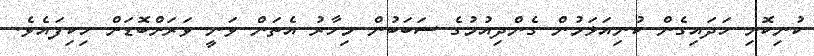
ކުނިކޮށި ހަދައިގެން ކުނިއަޅަމުން ގެންދިއުމުގެ ސަބަބުން މިހާރު އެތަން ވަނީ ވަރަށްބޮޑަށް ހިކިފައެވެ.